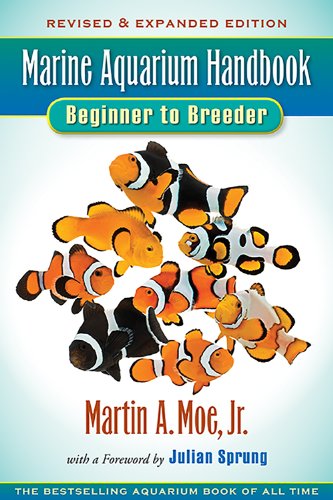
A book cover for Marine Aquarium Handbook; Jr. Moe Martin A.; Crafts, Hobbies & Home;